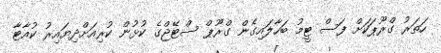
ހަތަރު ގްރޫޕަކަށް ފަސް ޓީމު ބަހާލައިގެން ގްރޫޕް ސްޓޭޖްގެ ކުޅުން ކުރިއަށްދިޔައިރު ކުއާޓާ